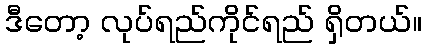
ဒီတော့ လုပ်ရည်ကိုင်ရည် ရှိတယ်။